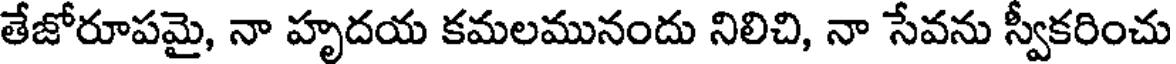
తేజోరూపమై, నా హృదయ కమలమునందు నిలిచి, నా సేవను స్వీకరించు